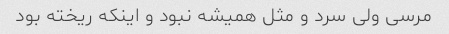
مرسی ولی سرد و مثل همیشه نبود و اینکه ریخته بود